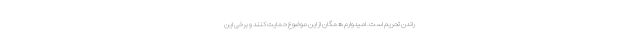
راندن تحریم است. امیدوارم همگان از این موضوع حمایت کنند و برخی این